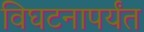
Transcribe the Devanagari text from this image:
विघटनापर्यंत